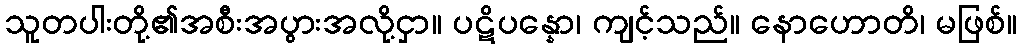
သူတပါးတို့၏အစီးအပွားအလို့ငှာ။ ပဋိပန္နော၊ ကျင့်သည်။ နောဟောတိ၊ မဖြစ်။